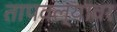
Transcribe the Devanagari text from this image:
तापवल्यावर